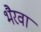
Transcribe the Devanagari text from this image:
भैरवा